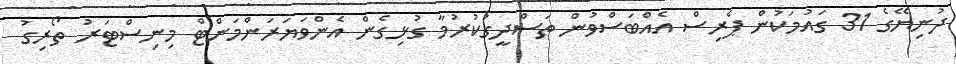
ދުނިޔޭގެ 31 ގައުމަކުން ޕެރިސް އެއްބަސްވުން ތަސްދީގުކުރުމާ ގުޅިގެން އެންވަޔަރަންމަންޓް މިނިސްޓަރު ތޯރިގު